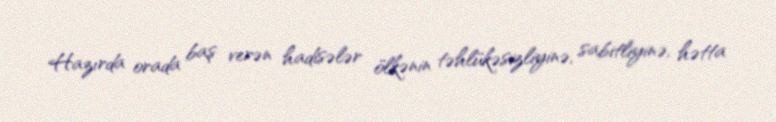
Hazırda orada baş verən hadisələr ölkənin təhlükəsizliyinə, sabitliyinə, hətta